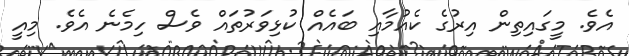
އެވެ. މީގައިތިން އިރުގެ ކެއުމާއި ބައެއް ކުޅިވަރުތައް ވެސް ހިމެނެ އެވެ. މިއީ